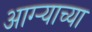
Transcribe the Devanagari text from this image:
आग्ऱ्याच्या